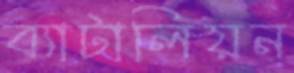
ব্যাটালিয়ন